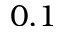
0 . 1